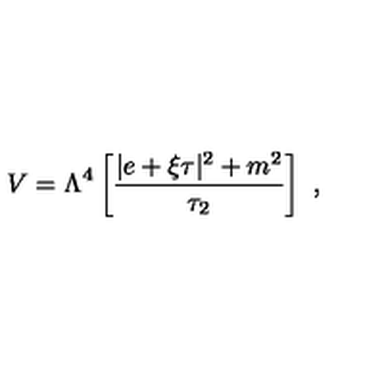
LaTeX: V = \Lambda ^ { 4 } \left[ { \frac { | e + \xi \tau | ^ { 2 } + m ^ { 2 } } { \tau _ { 2 } } } \right] \ ,